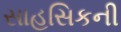
સાહસિકની